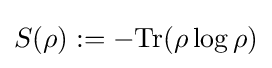
S(\rho ):=-{\rm {Tr}}(\rho \log \rho )